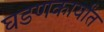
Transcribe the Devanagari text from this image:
घडणकार्यांत